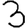
Digit: 3